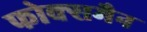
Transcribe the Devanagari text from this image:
फोक्समैन